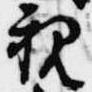
親